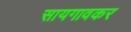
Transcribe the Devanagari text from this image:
सायगावकर